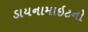
ડાયનામાઇટનો